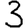
Digit: 3